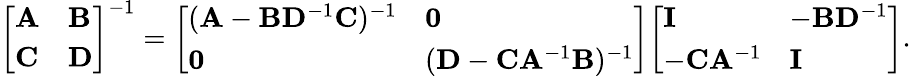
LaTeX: {\left[\begin{array}{ll}{\mathbf{A}}&{\mathbf{B}}\\ {\mathbf{C}}&{\mathbf{D}}\end{array}\right]}^{-1}={\left[\begin{array}{ll}{(\mathbf{A}-\mathbf{B}\mathbf{D}^{-1}\mathbf{C})^{-1}}&{\mathbf{0}}\\ {\mathbf{0}}&{(\mathbf{D}-\mathbf{C}\mathbf{A}^{-1}\mathbf{B})^{-1}}\end{array}\right]}{\left[\begin{array}{ll}{\mathbf{I}}&{-\mathbf{B}\mathbf{D}^{-1}}\\ {-\mathbf{C}\mathbf{A}^{-1}}&{\mathbf{I}}\end{array}\right]}.